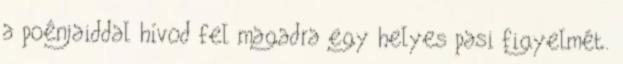
a poénjaiddal hívod fel magadra egy helyes pasi figyelmét.